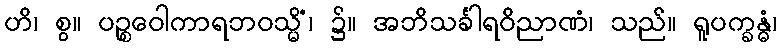
ဟိ၊ စွ။ ပဉ္စဝေါကာရဘဝသ္မိံ၊ ၌။ အဘိသင်္ခါရဝိညာဏံ၊ သည်။ ရူပက္ခန္ဓံ၊